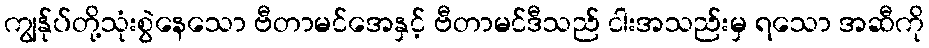
ကျွန်ုပ်တို့သုံးစွဲနေသော ဗီတာမင်အေနှင့် ဗီတာမင်ဒီသည် ငါးအသည်းမှ ရသော အဆီကို